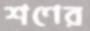
শণের